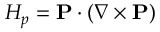
H _ { p } = { \bf P } \cdot ( \nabla \times { \bf P } )